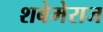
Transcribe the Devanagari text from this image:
शबेमेराज